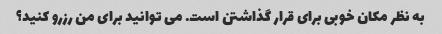
به نظر مکان خوبی برای قرار گذاشتن است. می توانید برای من رزرو کنید؟